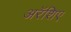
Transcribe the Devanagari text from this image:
अरॅशिए